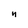
Character: n